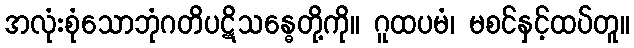
အလုံးစုံသောဘုံဂတိပဋိသန္ဓေတို့ကို။ ဂူထပမံ၊ မစင်နှင့်ထပ်တူ။